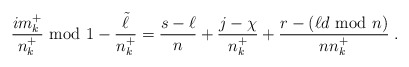
\begin{align*}\frac{i m_k^+}{n_k^+} {\rm ~mod~} 1 - \frac{\tilde{\ell}}{n_k^+} =\frac{s-\ell}{n} + \frac{j - \chi}{n_k^+} + \frac{r - \left( \ell d {\rm ~mod~} n \right)}{n n_k^+} \;.\end{align*}